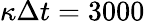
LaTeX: \kappa\Delta t=3000